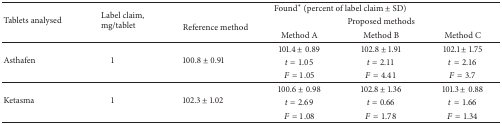
<table><thead><tr><td rowspan="3"><b>Tablets analysed</b></td><td rowspan="3"><b>Label claim, mg/tablet</b></td><td colspan="4"><b>Found* (percent of label claim ± SD)</b></td></tr><tr><td rowspan="2"><b>Reference method</b></td><td colspan="3"><b>Proposed methods</b></td></tr><tr><td><b>Method A</b></td><td><b>Method B</b></td><td><b>Method C</b></td></tr></thead><tbody><tr><td rowspan="3">Asthafen</td><td rowspan="3">1</td><td rowspan="3">100.8 ± 0.91</td><td>101.4 ± 0.89</td><td>102.8 ± 1.91</td><td>102.1 ± 1.75</td></tr><tr><td><i>t</i> = 1.05</td><td><i>t</i> = 2.11</td><td><i>t</i> = 2.16</td></tr><tr><td><i>F</i> = 1.05</td><td><i>F</i> = 4.41</td><td><i>F</i> = 3.7</td></tr><tr><td rowspan="3">Ketasma </td><td rowspan="3">1</td><td rowspan="3">102.3 ± 1.02</td><td>100.6 ± 0.98</td><td>102.8 ± 1.36</td><td>101.3 ± 0.88</td></tr><tr><td><i>t</i> = 2.69</td><td><i>t</i> = 0.66</td><td><i>t</i> = 1.66</td></tr><tr><td><i>F</i> = 1.08</td><td><i>F</i> = 1.78</td><td><i>F</i> = 1.34</td></tr></tbody></table>